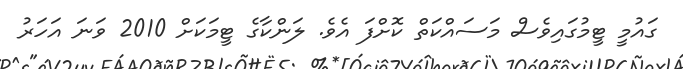
ގައުމީ ޓީމުގައިވެސް މަސައްކަތް ކޮށްފަ އެވެ. ލަންކާގެ ޓީމަކަށް 2010 ވަނަ އަހަރު